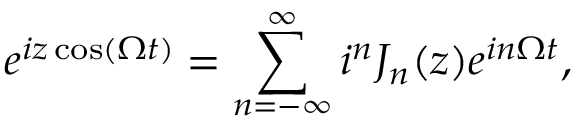
e ^ { i z \cos ( \Omega t ) } = \sum _ { n = - \infty } ^ { \infty } i ^ { n } J _ { n } ( z ) e ^ { i n \Omega t } ,